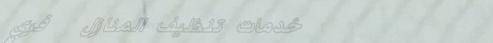
خدمات تنظيف المنازل   فري